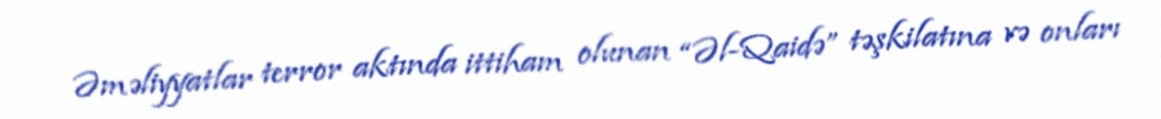
Əməliyyatlar terror aktında ittiham olunan “Əl-Qaidə” təşkilatına və onları